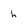
Character: h